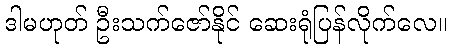
ဒါမဟုတ် ဦးသက်ဇော်နိုင် ဆေးရုံပြန်လိုက်လေ။